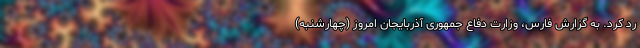
رد کرد. به گزارش فارس، وزارت دفاع جمهوری آذربایجان امروز (چهارشنبه)